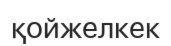
қойжелкек